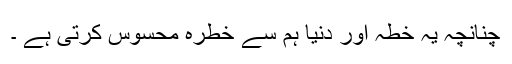
چنانچہ یہ خطہ اور دنیا ہم سے خطرہ محسوس کرتی ہے ۔